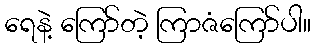
ရေနဲ့ ကြော်တဲ့ ကြာဇံကြော်ပါ။